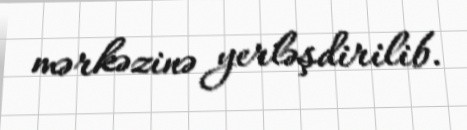
mərkəzinə yerləşdirilib.